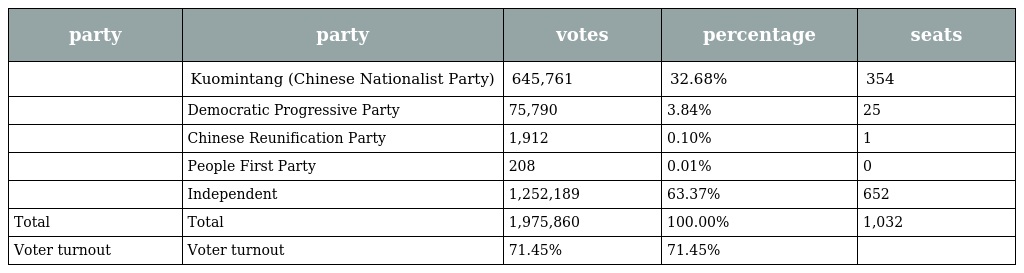
| party | party | votes | percentage | seats |
 | --- | --- | --- | --- | --- |
 |  | Kuomintang (Chinese Nationalist Party) | 645,761 | 32.68% | 354 |
 |  | Democratic Progressive Party | 75,790 | 3.84% | 25 |
 |  | Chinese Reunification Party | 1,912 | 0.10% | 1 |
 |  | People First Party | 208 | 0.01% | 0 |
 |  | Independent | 1,252,189 | 63.37% | 652 |
 | Total | Total | 1,975,860 | 100.00% | 1,032 |
 | Voter turnout | Voter turnout | 71.45% | 71.45% |  |